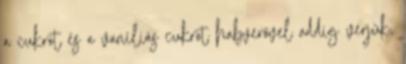
a cukrot és a vaníliás cukrot habverővel addig verjük,